Scottish Certificate of Education, 1962
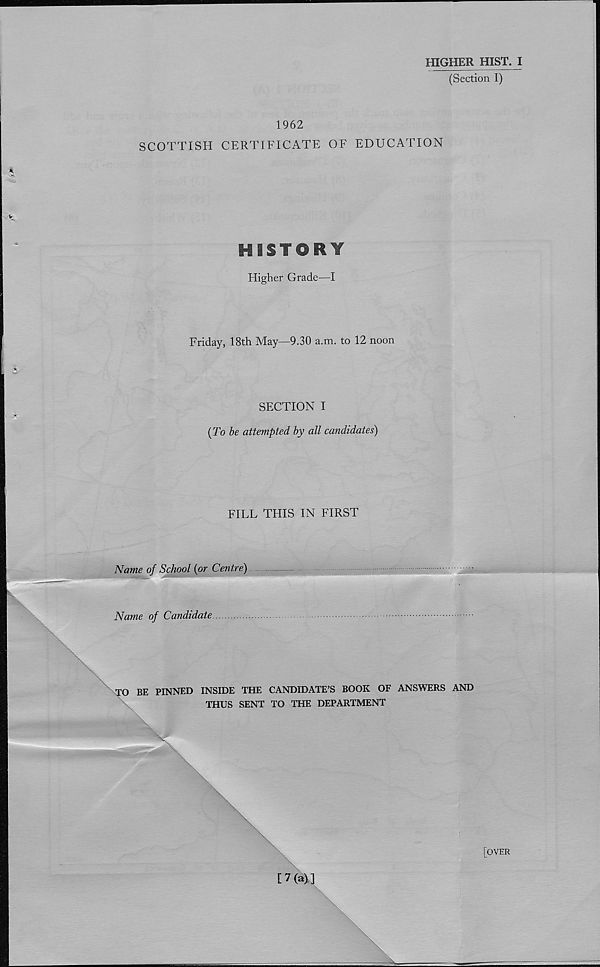
HIGHER HIST. I
(Section I)
1962
SCOTTISH CERTIFICATE OF EDUCATION
HISTORY
Higher Grade—I
Friday, 18th May—9.30 a.m. to 12 noon
SECTION I
{To be attempted by all ca?ididates)
FILL THIS IN FIRST
Name of School {or Centre)
Name of Candidate
TO BE PINNED INSIDE THE CANDIDATE’S BOOK OF ANSWERS AND
THUS SENT TO THE DEPARTMENT
[OVER
[7(a)]